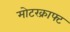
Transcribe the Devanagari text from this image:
मोटरक्राफ्ट